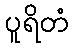
ပူရိတံ